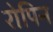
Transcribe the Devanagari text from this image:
रोपिन